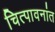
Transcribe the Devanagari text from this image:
चित्पावनांत